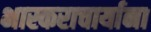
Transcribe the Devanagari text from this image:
भास्कराचार्याना